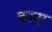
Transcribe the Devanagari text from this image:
बनदा